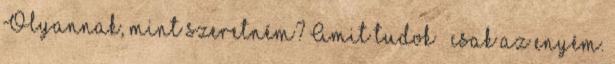
Olyannak, mint szeretném? Amit tudok – csak az enyém.